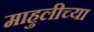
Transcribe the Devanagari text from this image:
माहुलीच्या